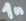
Text: 1n